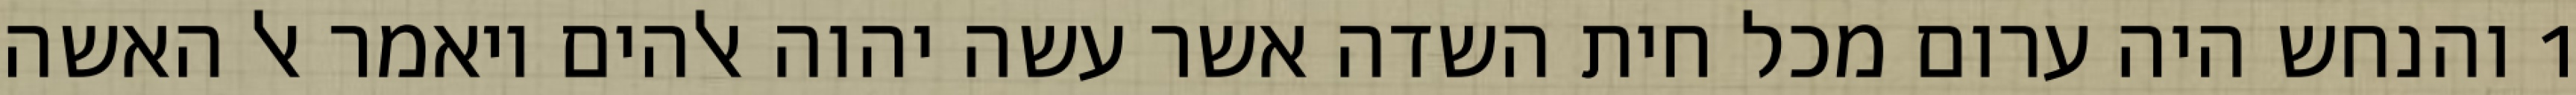
1 והנחש היה ערום מכל חית השדה אשר עשה יהוה אלהים ויאמר אל האשה